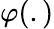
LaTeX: \varphi(.)